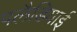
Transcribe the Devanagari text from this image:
पलैडियाई